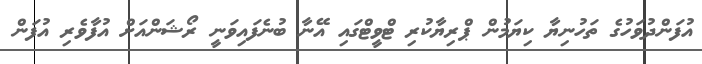
އުފަންދުވަހުގެ ތަހުނިޔާ ކިޔަމުން ޕްރިޔާކުރި ޓްވީޓްގައި އޭނާ ބުނެފައިވަނީ ރޯޝަންއަށް އުފާވެރި އުފަން